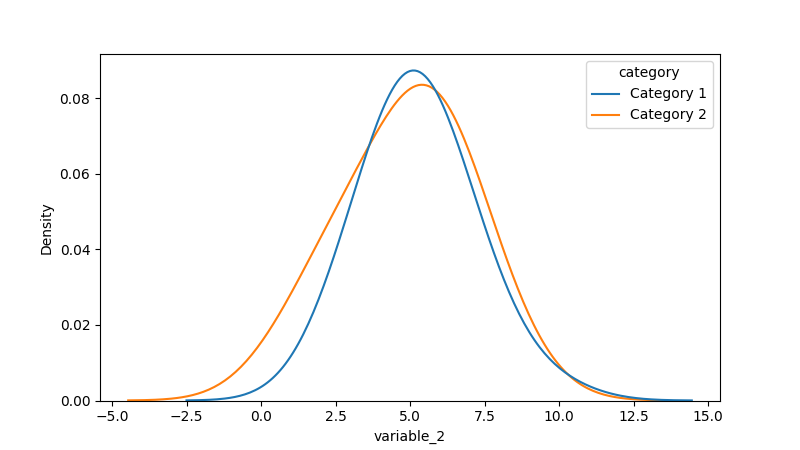
python, seaborn, kdeplot, hue='category', fill=False, bw_adjust=2.0